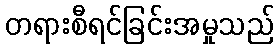
တရားစီရင်ခြင်းအမှုသည်